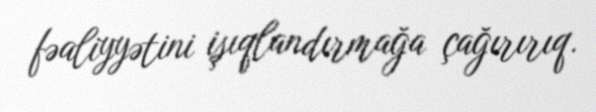
fəaliyyətini işıqlandırmağa çağırırıq.